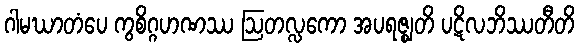
ဂါမဃာတံပေ ကွစိဂ္ဂဟဏဿ ဩတလ္လကော အပရဇ္ဈတိ ပဋိလဘိဿတီတိ